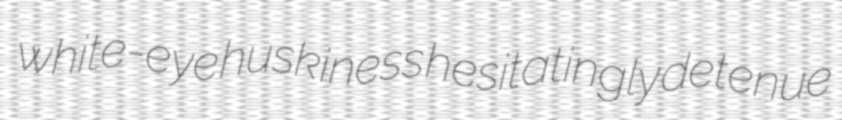
white-eye huskiness hesitatingly detenue